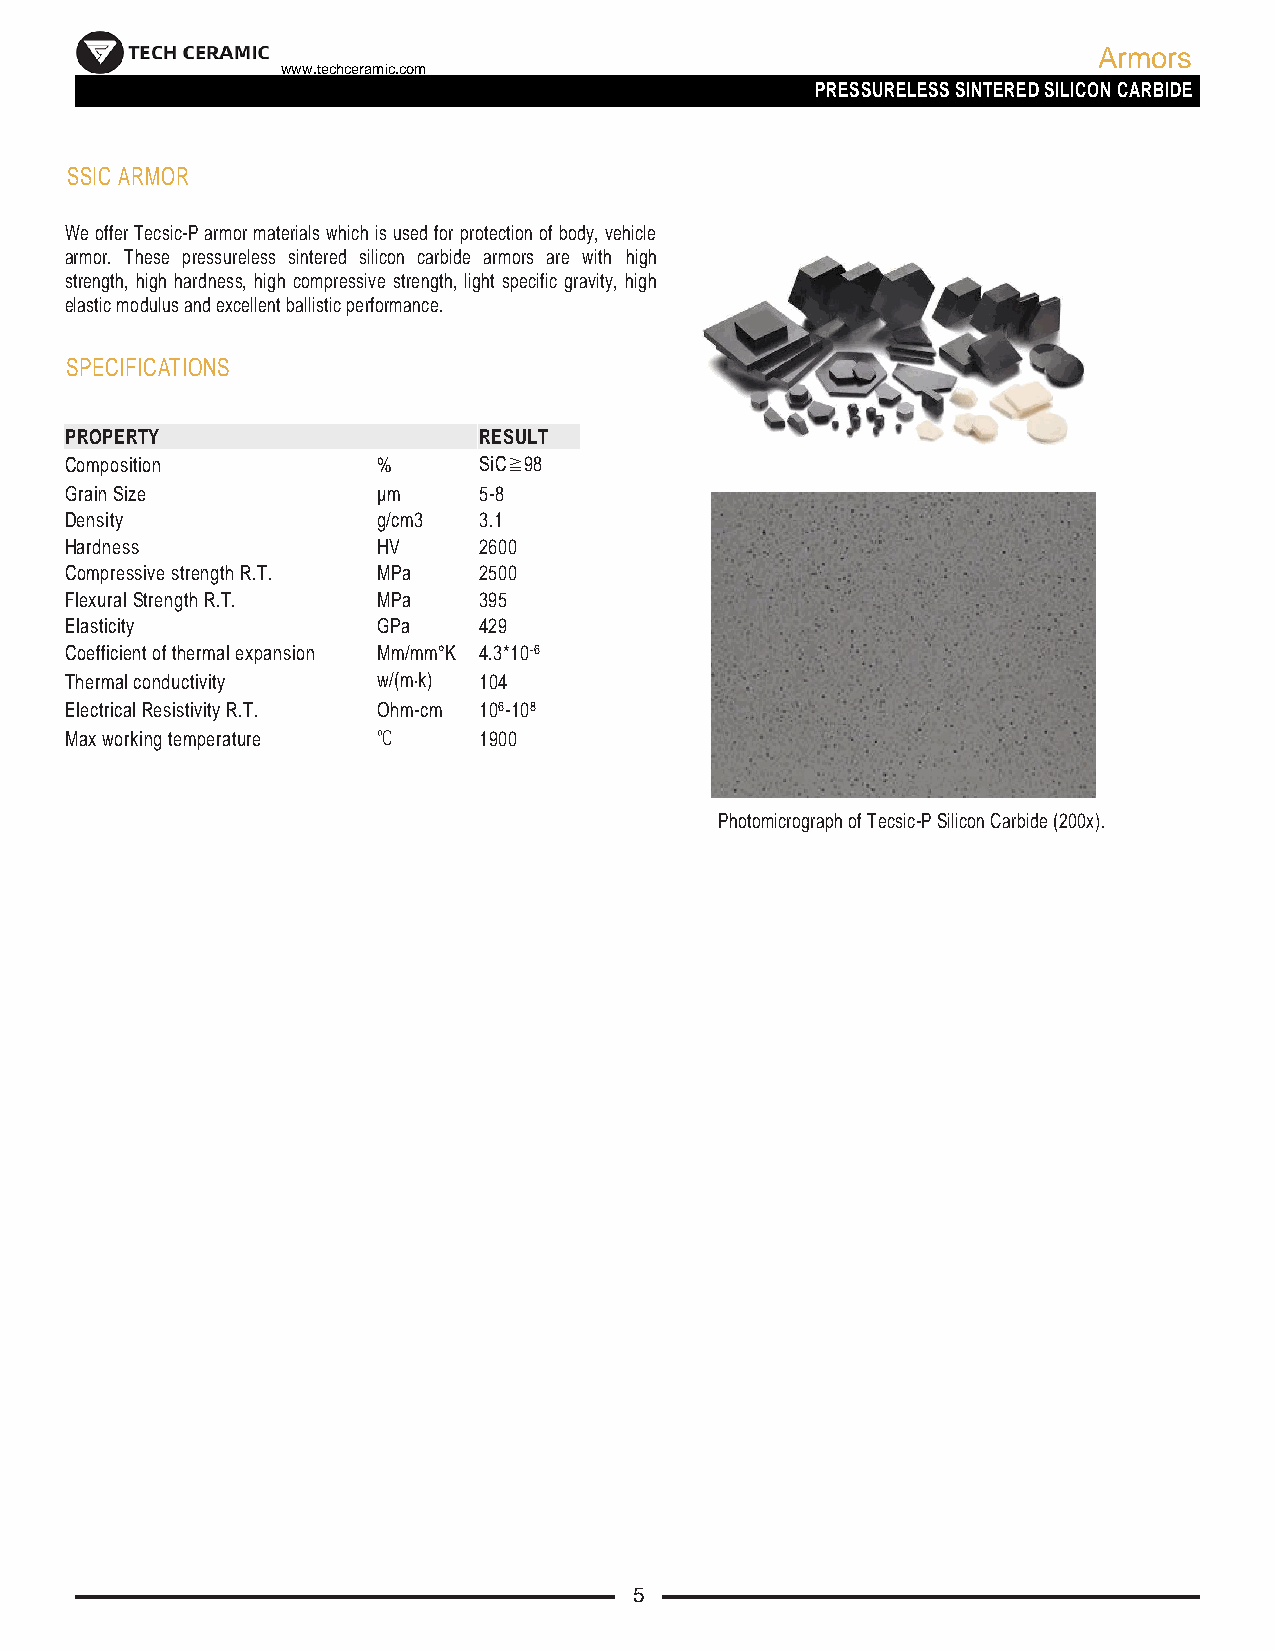
Armors
 www.techceramic.com
 PRESSURELESS SINTERED SILICON CARBIDE
 SSIC ARMOR
 We offer Tecsic-P armor materials which is used for protection of body, vehicle
 armor. These pressureless sintered silicon carbide armors are with high
 strength, high hardness, high compressive strength, light specific gravity, high
 elastic modulus and excellent ballistic performance.
 SPECIFICATIONS
 PROPERTY                    RESULT
 Composition          %      SiC≧98
 Grain Size           µm     5-8
 Density              g/cm3  3.1
 Hardness             HV     2600
 Compressive strength R.T. MPa 2500
 Flexural Strength R.T. MPa  395
 Elasticity           GPa    429
 Coefficient of thermal expansion Mm/mm°K 4.3*10-6
 Thermal conductivity w/(m·k) 104
 Electrical Resistivity R.T. Ohm-cm 106-108
 Max working temperature ℃   1900
 Photomicrograph of Tecsic-P Silicon Carbide (200x).
 5